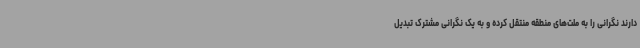
دارند نگرانی را به ملت‌های منطقه منتقل کرده و به یک نگرانی مشترک تبدیل